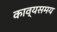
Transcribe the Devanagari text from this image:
काव्यसमय